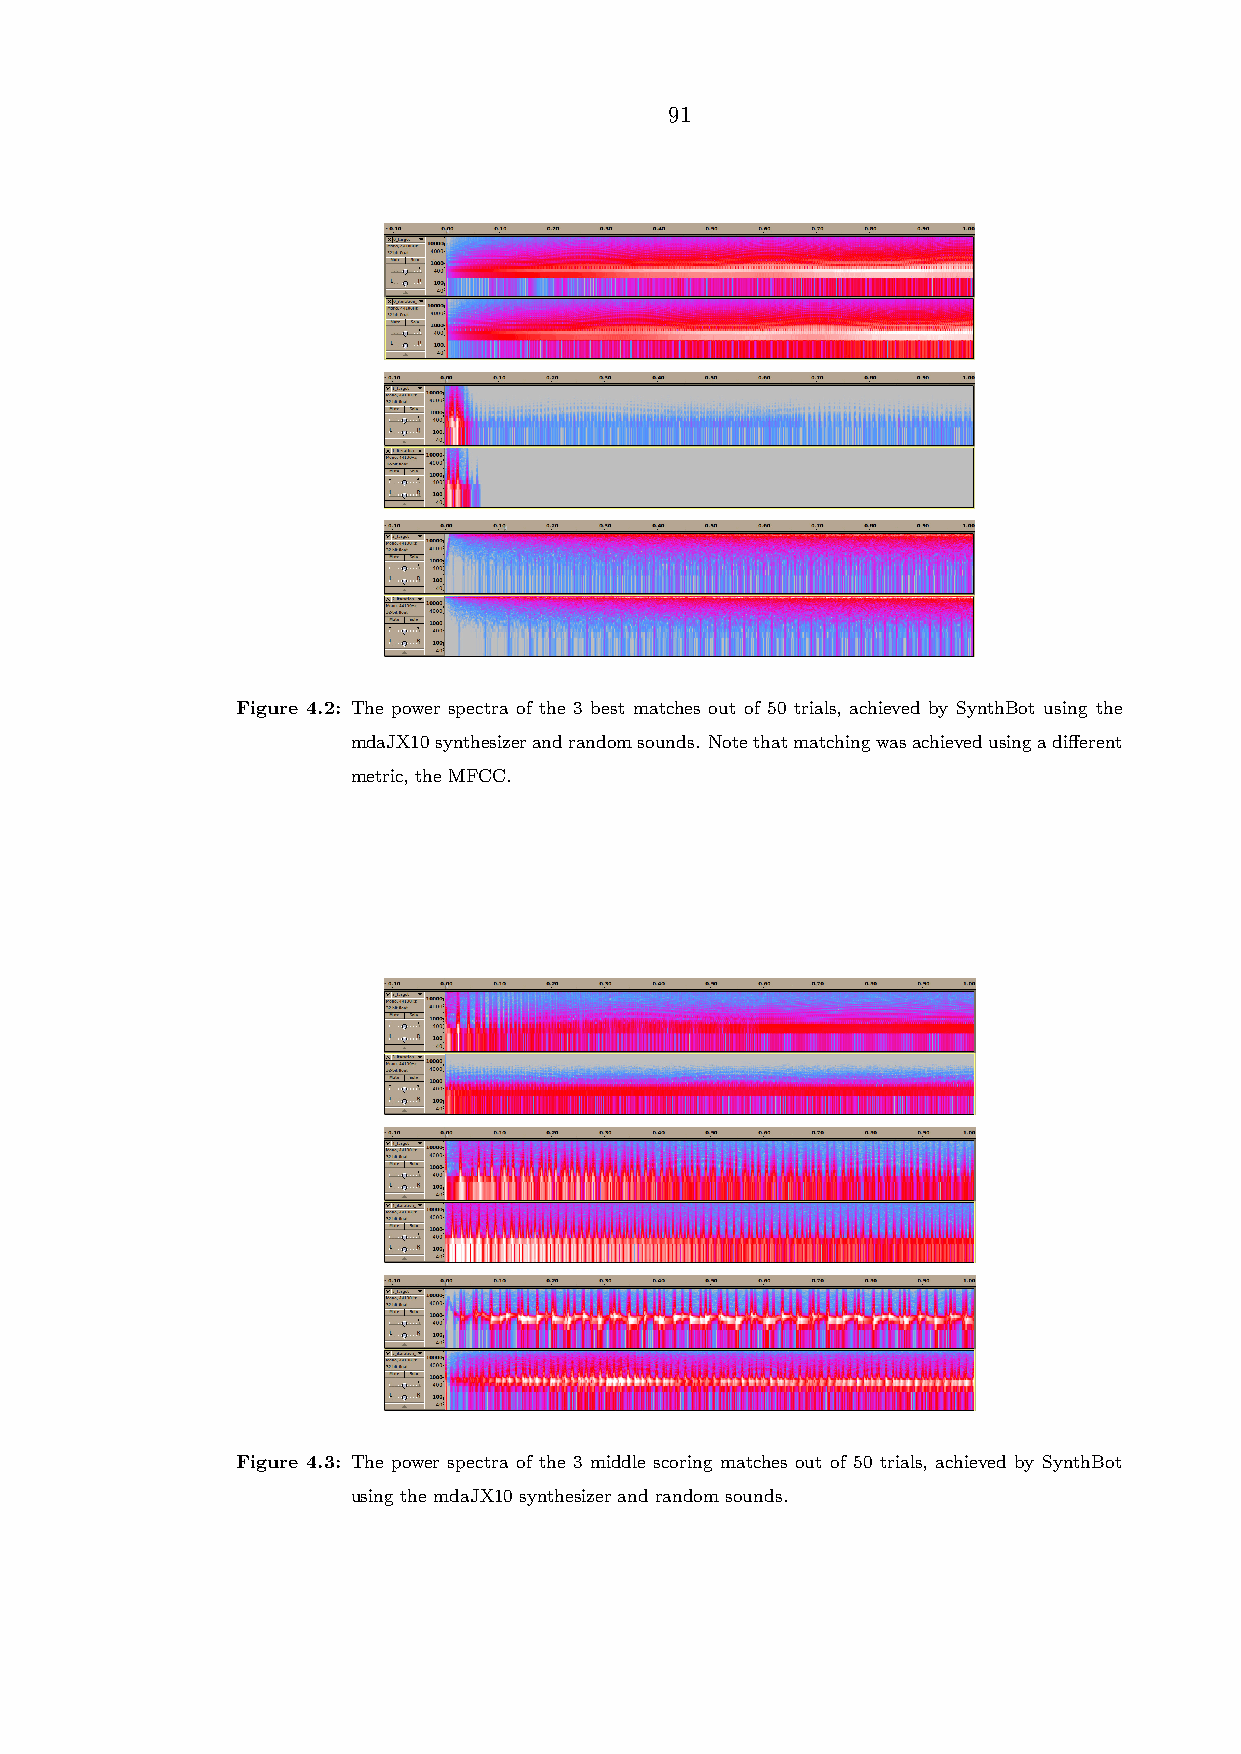
91
 Figure 4.2: The power spectra of the 3 best matches out of 50 trials, achieved by SynthBot using the
 mdaJX10synthesizerandrandomsounds. Notethatmatchingwasachievedusingadifferent
 metric, the MFCC.
 Figure 4.3: The power spectra of the 3 middle scoring matches out of 50 trials, achieved by SynthBot
 using the mdaJX10 synthesizer and random sounds.